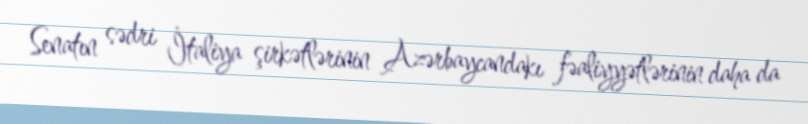
Senatın sədri İtaliya şirkətlərinin Azərbaycandakı fəaliyyətlərinin daha da